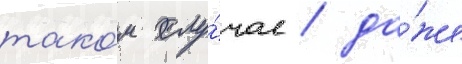
тако́м слу́чае / да́же